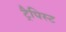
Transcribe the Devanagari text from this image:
ट्रैपिस्ट